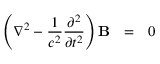
\left( \nabla ^ { 2 } - { \frac { 1 } { { c } ^ { 2 } } } { \frac { \partial ^ { 2 } } { \partial t ^ { 2 } } } \right) \mathbf { B } \ \ = \ \ 0